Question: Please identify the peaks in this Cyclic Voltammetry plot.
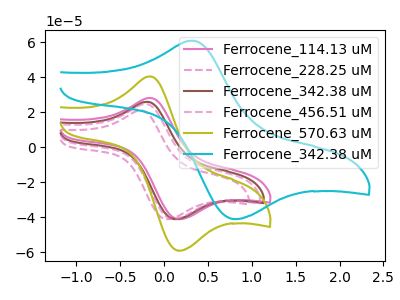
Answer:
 <answer>The pink curve "Ferrocene_114.13 uM" has an anodic peak at (-0.15V, 28.10uA) and a cathodic peak at (0.20V, -41.10uA). The pink dashed curve "Ferrocene_228.25 uM" has an anodic peak at (-0.25V, 21.00uA) and a cathodic peak at (0.05V, -41.10uA). The brown curve "Ferrocene_342.38 uM" has an anodic peak at (-0.20V, 25.90uA) and a cathodic peak at (0.15V, -41.10uA). The pink dashed curve "Ferrocene_456.51 uM" has an anodic peak at (-0.20V, 24.65uA) and a cathodic peak at (0.10V, -41.10uA). The olive curve "Ferrocene_570.63 uM" has an anodic peak at (-0.15V, 40.45uA) and a cathodic peak at (0.20V, -59.15uA). The cyan curve "Ferrocene_342.38 uM" has an anodic peak at (0.35V, 60.85uA) and a cathodic peak at (0.85V, -41.05uA).</answer>
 <eval></eval>